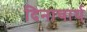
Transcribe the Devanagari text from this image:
दिनाचार्य